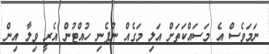
ނަމަވެސް އެ މަސައްކަތަށް އަލި މަގެއް ނުފެނި ހުއްޓުން އެރީ ވިލާ އިން